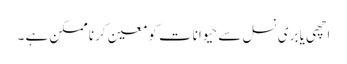
اچھی یا بری نسل سے حیوانات کو معین کرنا ممکن ہے ۔